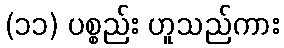
(၁၁) ပစ္စည်း ဟူသည်ကား